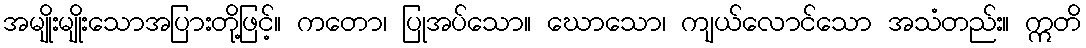
အမျိုးမျိုးသောအပြားတို့ဖြင့်။ ကတော၊ ပြုအပ်သော။ ဃောသော၊ ကျယ်လောင်သော အသံတည်း။ ဣတိ